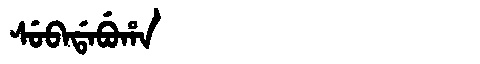
Manchu: ᠰᡠᠪᠠᡩᠠᠪᡠᡥᠠ
Romanization: SUBADABUHA